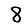
Digit: 8